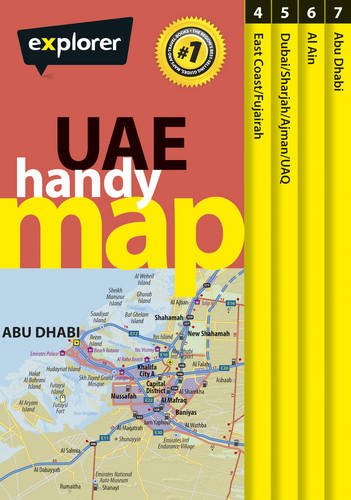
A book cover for UAE Handy Map: 1; Explorer Publishing and Distribution; Travel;